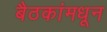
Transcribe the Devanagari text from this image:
बैठकांमधून